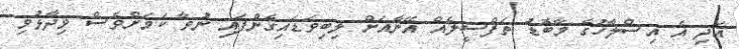
އަދި އެ އިސްލާހުގެ މާބޮޑު ތަފްސީލެއް އޭނާއަށް ލިބިވަޑައިގެންފައި ނުވާ ކަމަށްވެސް ވިދާޅުވި